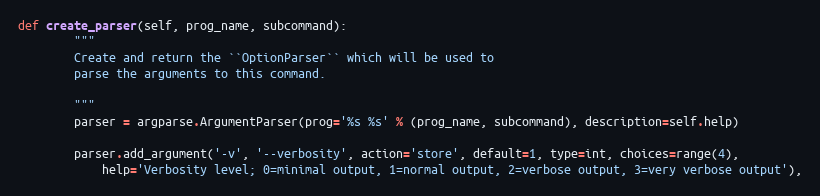
Language: Python
def create_parser(self, prog_name, subcommand):
        """
        Create and return the ``OptionParser`` which will be used to
        parse the arguments to this command.

        """
        parser = argparse.ArgumentParser(prog='%s %s' % (prog_name, subcommand), description=self.help)

        parser.add_argument('-v', '--verbosity', action='store', default=1, type=int, choices=range(4),
            help='Verbosity level; 0=minimal output, 1=normal output, 2=verbose output, 3=very verbose output'),